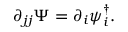
\partial _ { j j } \Psi = \partial _ { i } { \psi } _ { i } ^ { \dagger } .